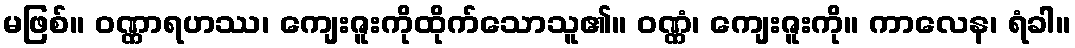
မဖြစ်။ ဝဏ္ဏာရဟဿ၊ ကျေးဇူးကိုထိုက်သောသူ၏။ ဝဏ္ဏံ၊ ကျေးဇူးကို။ ကာလေန၊ ရံခါ။